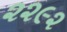
૨૨૯૨